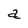
Character: a